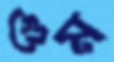
গুম